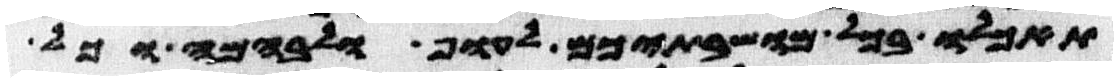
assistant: תאכלו בכל מושבתיכם לעוף ולבהמה וכל